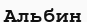
Альбин